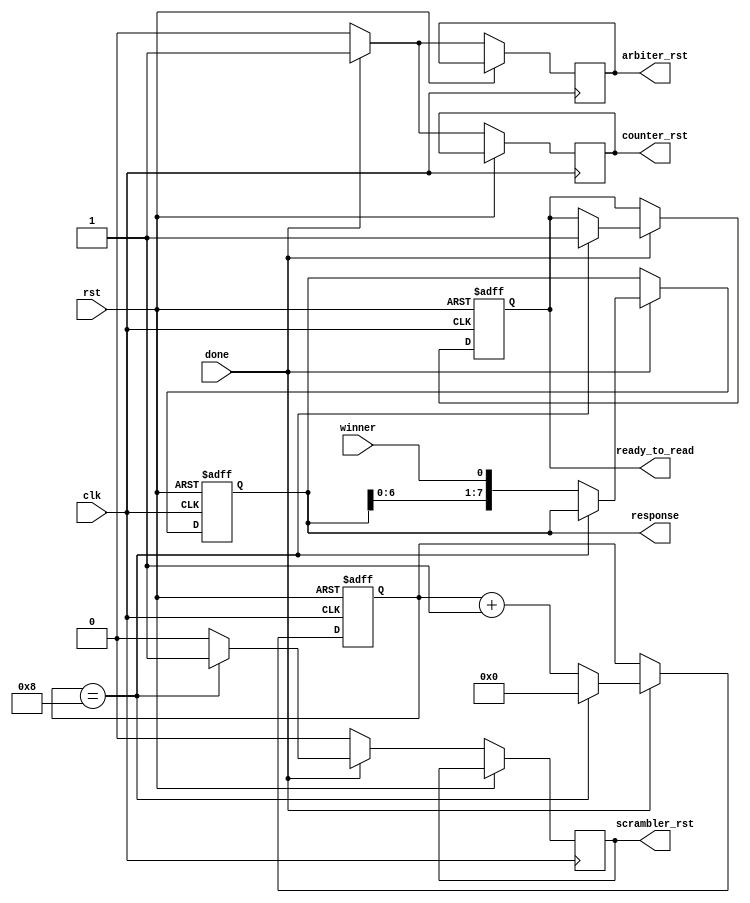
`timescale 1ns / 1ps
/*
* Create Date: 
* Design Name:
* Module Name: buffer
* Project Name: Delay-based Physical Unclonable Function Implementation
* Target Devices: Digilent S7-25, S7-50 (Xilinx Spartan 7)
* Tool Versions:
* Description: This buffer stores each bit from each race. It is also in
*              charge of reset logic.
*
* Dependencies:
*
* Revision:
* 
* Additional Comments:
*
*/

module buffer(clk, rst, winner, done, response, ready_to_read , counter_rst, scrambler_rst, arbiter_rst);
input clk, rst;
input winner;	 //output of race_arbiter
input done;	 //output of race_arbiter
output reg[7:0] response;
output ready_to_read;	//ready to read response

//reset signal:pay attention to the order of resetting of these three
output counter_rst;	//reset counter while generating response
output scrambler_rst;	//reset scrambler while generating response 
output arbiter_rst;	//reset arbiter while generating response 

reg [3:0] count = 0;
reg counter_rst_reg = 0;
reg scrambler_rst_reg = 0;
reg arbiter_rst_reg = 0;
reg ready_to_read_reg = 0;

always @(posedge clk or posedge rst) begin
    if(rst) begin
        response <= 8'b0;
        ready_to_read_reg <= 1'b0;
        count <= 4'b0;
    end
    else begin
        counter_rst_reg <= 1'b0;
        arbiter_rst_reg <= 1'b0;
        scrambler_rst_reg <= 1'b0;
        if(done) begin
            counter_rst_reg <= 1'b1;
            arbiter_rst_reg <= 1'b1;
            if(count == 4'b1000) begin
                response <= response;
                ready_to_read_reg <= 1'b1;
                count <= 4'b0;
                scrambler_rst_reg <= 1'b1;
            end
            else begin
                response <= {response[6:0], winner};
                count <= count + 1;
            end
        end
    end
end

assign counter_rst = counter_rst_reg;
assign scrambler_rst = scrambler_rst_reg;
assign arbiter_rst = arbiter_rst_reg;
assign ready_to_read = ready_to_read_reg;

endmodule